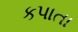
કપાતા